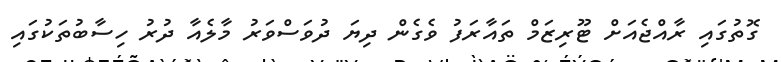
ގޮތުގައި ރާއްޖެއަށް ޓޫރިޒަމް ތައާރަފު ވެގެން ދިޔަ ދުވަސްވަރު މާލެއާ ދުރު ހިސާބުތަކުގައި